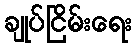
ချုပ်ငြိမ်းရေး